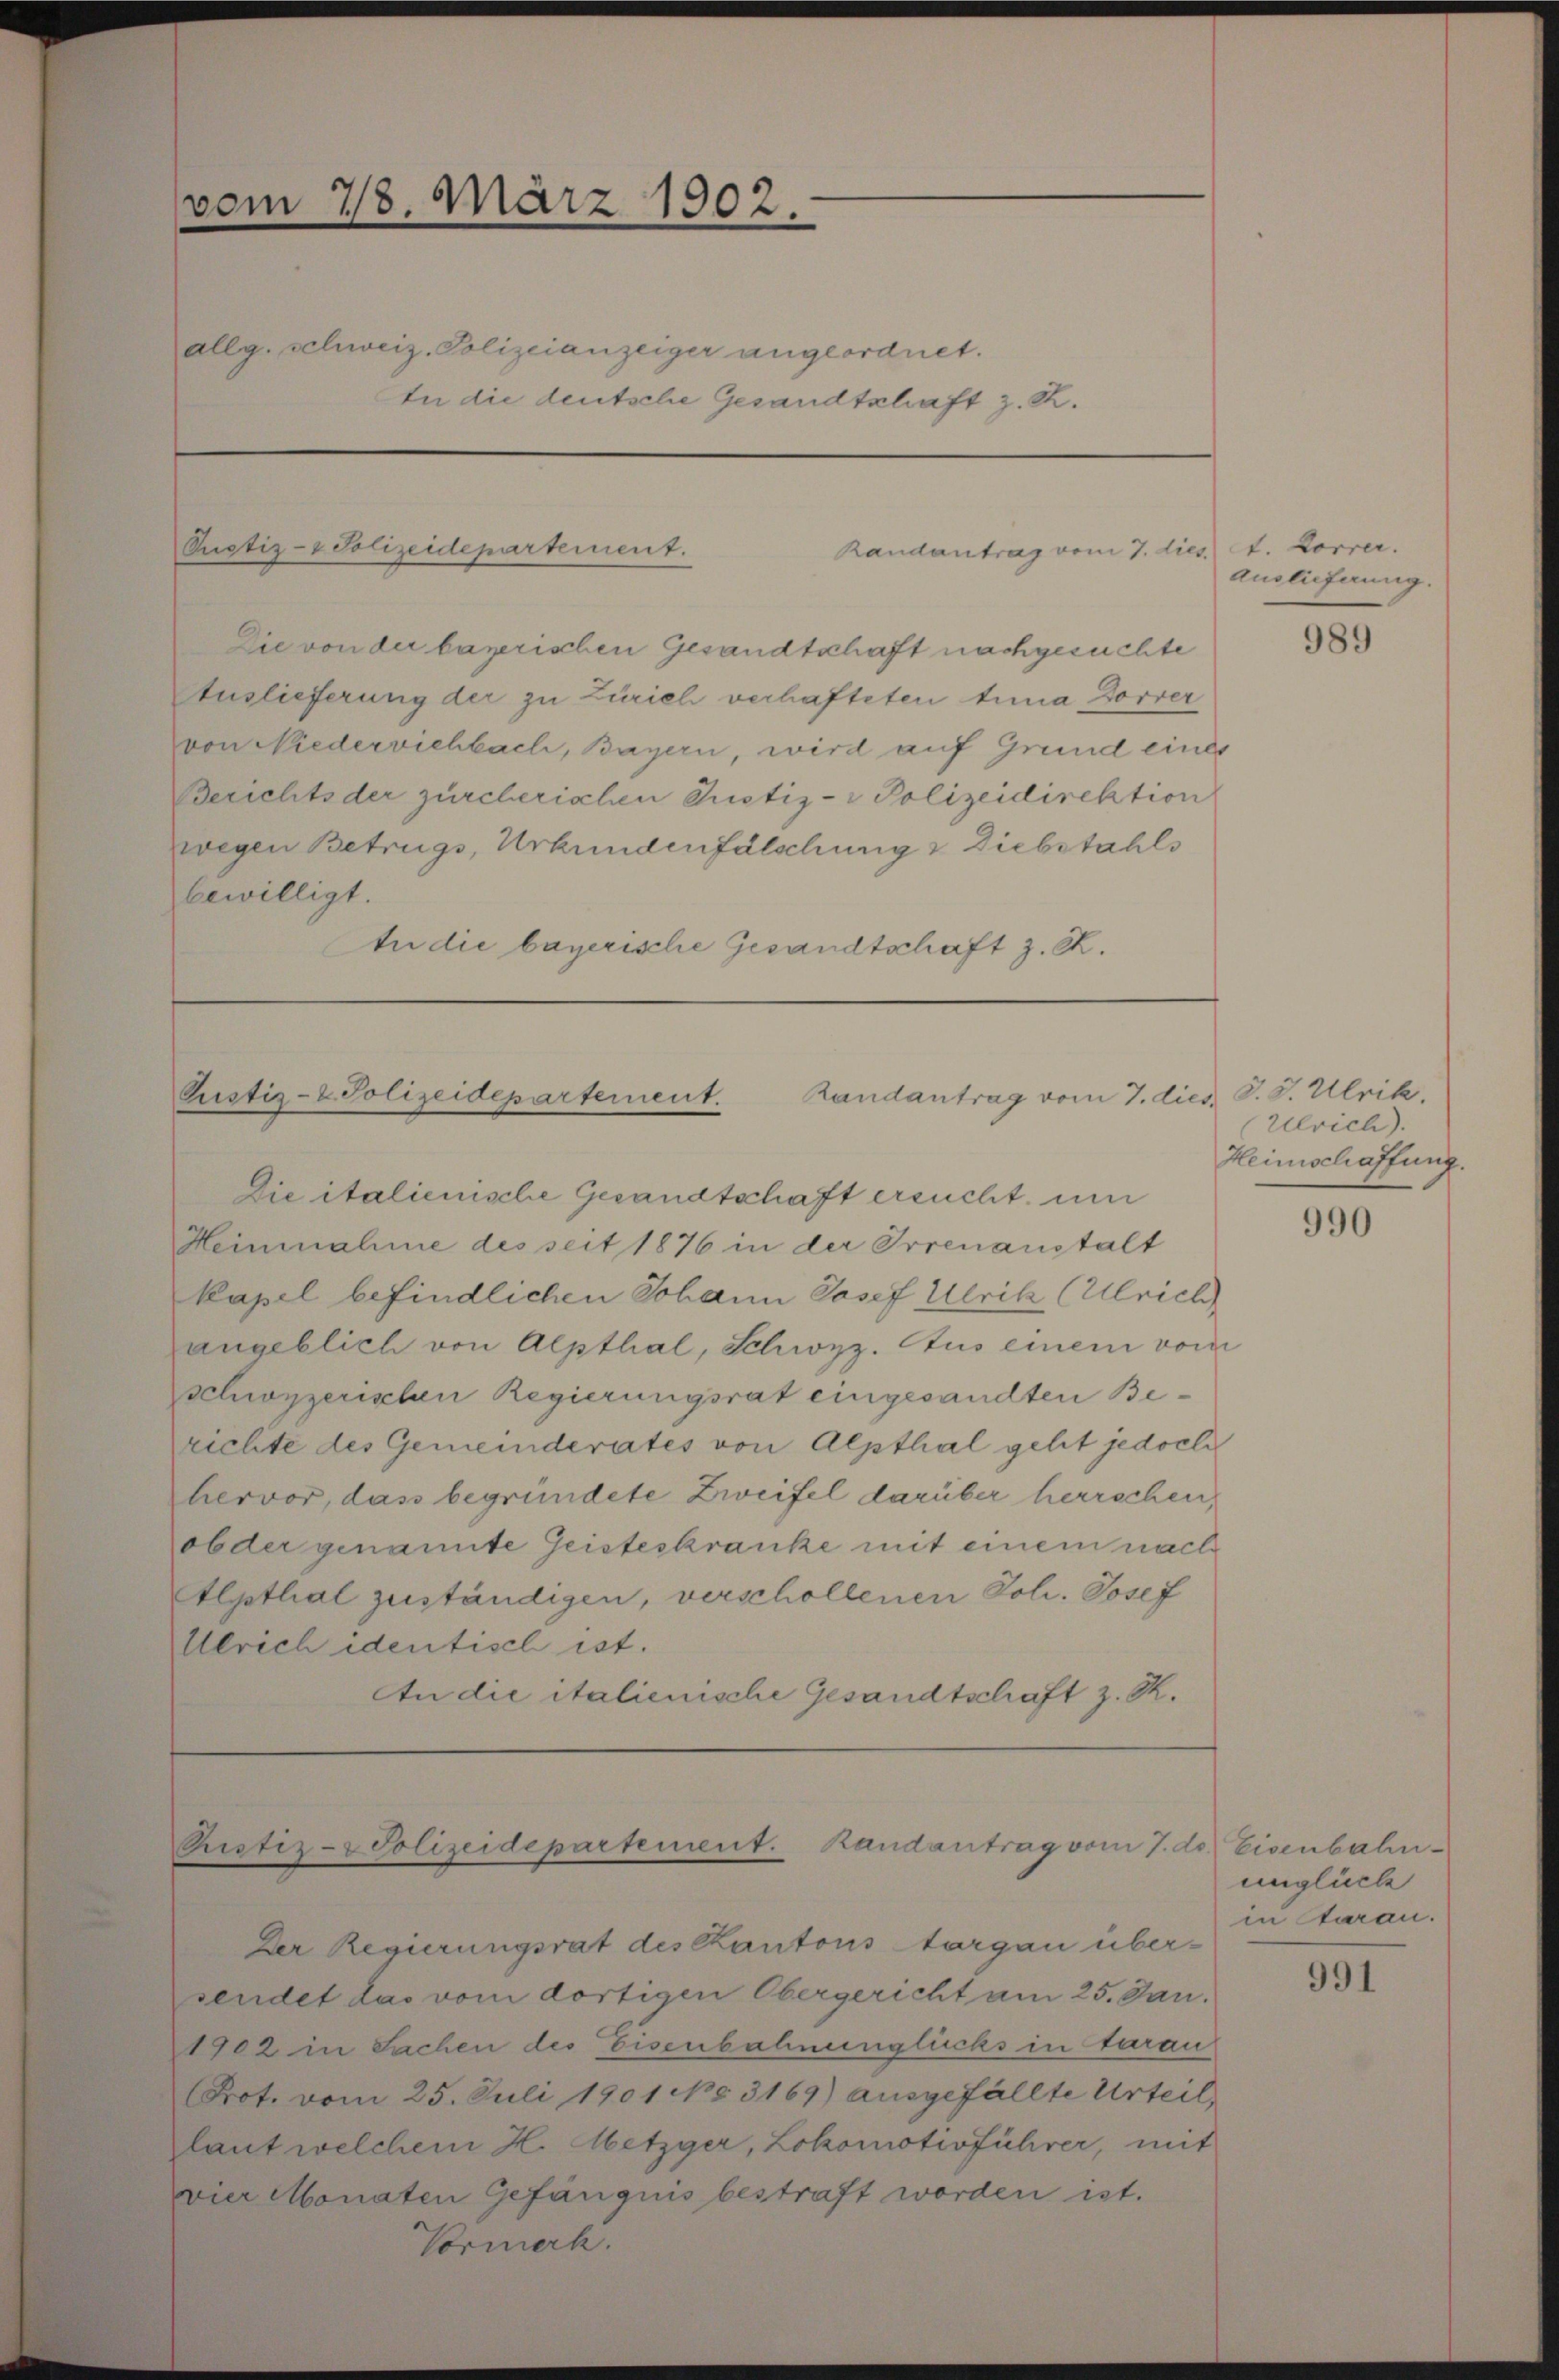
vom 7/8. März 1902.
allg. schweiz. Polizeianzeiger angeordnet.
An die deutsche Gesandtschaft z. R.

Pustiz- & Polizeidepartement.
Randantrag vom 7. dies

Justiz- & Polizeidepartement. Randantrag vom 7. dies S. S. Ulrik,
Die italienische Gesandtschaft ersucht, um

Die von der bayerischen Gesandtschaft nachgesuchte
Auslieferung der zu Zürich verhafteten tima Dorrer
von Niedervichbach, Bayern, wird auf Grund eines
Berichts der zürcherichen Justiz- & Polizeidirektion
wegen Betrugs, Urkundenfälschung & Diebstahls
bewilligt.
An die bayerische Gesandtschaft z. R.

Ristiz-Polizeidepartement. Randantrag vom 7. ds Eisenbahn¬

Heinnahme des seit 1876 in der Irrenanstalt
kapel befindlichen Johann Josef Ulrih (Ulrich
angeblich von Alpthal, Schwyz. Aus einem vom
schonzerischen Regierungsrat eingesandten Berichte des Gemeinderates von Alpthal gelit jedoch
hervor, dass begründete Zweifel darüber herrschen,
obder genannte Geisteskranke mit einem nach
Alpthal zuständigen, verschollenen Joh. Josef
Ulrich identisch ist.
An die italienische Gesandtschaft z. R.

Der Regierungsrat des Kantons Aargau über-
sendet das vom dortigen Obergericht am 25. Jan.
1902 in Sachen des Eisenbahnunglücks in darau
Prot. vom 25. Juli 1901 NNo. 3169) ausgefällte Urteil
laut welchem H. Metzger, Lokomotivführer, mit
vier Monaten Gefängnis bestraft worden ist.
Vormerk.

t. Korrer.
Auslieferung.

989

Ulrich).
Heimschaffung.

990

unglück
in Aarau.

991